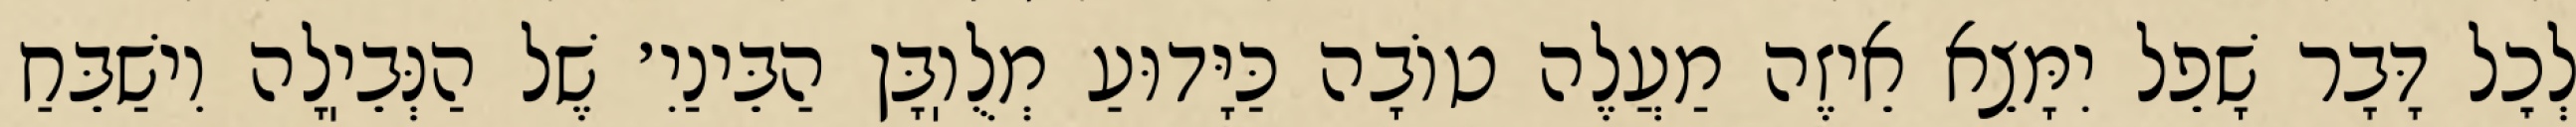
לְכׇל דָּבָר שָׁפֵל יִמָּצֵא אֵיזֶה מַעֲלֶה טוֹבָה כַּיָּדוּעַ מְלֻוֽבָּן הַבֵּינַיִ׳ שֶׁל הַנְּבֵיֽלָה וִישַׁבֵּחַ